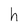
Character: h